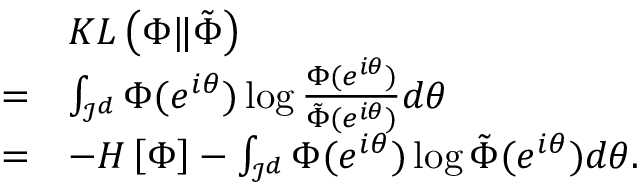
\begin{array} { r l } & { K L \left( \Phi \| \tilde { \Phi } \right) } \\ { = } & { \int _ { \mathcal { I } ^ { d } } \Phi ( e ^ { i \boldsymbol { \theta } } ) \log \frac { \Phi ( e ^ { i \boldsymbol { \theta } } ) } { \tilde { \Phi } ( e ^ { i \boldsymbol { \theta } } ) } d \boldsymbol { \theta } } \\ { = } & { - H \left[ \Phi \right] - \int _ { \mathcal { I } ^ { d } } \Phi ( e ^ { i \boldsymbol { \theta } } ) \log \tilde { \Phi } ( e ^ { i \boldsymbol { \theta } } ) d \boldsymbol { \theta } . } \end{array}